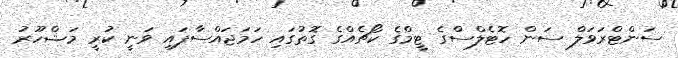
ސަންޓްރަވަލް ސަން ހޮޓެލްސްގެ ޓީމްގެ ކޯޗެއްގެ ގޮތުގައި ހަމަޖައްސާފައި ވަނީ ކުރީ މަޝްހޫރު